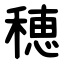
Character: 穂